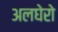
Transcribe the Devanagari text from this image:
अलघेरो